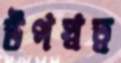
উপস্বত্ব